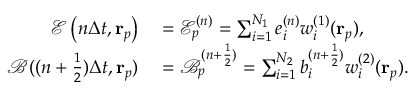
\begin{array} { r l } { \mathcal { E } \left( n \Delta t , \mathbf { r } _ { p } \right) } & { { } = \mathcal { E } _ { p } ^ { ( n ) } = \sum _ { i = 1 } ^ { N _ { 1 } } e _ { i } ^ { ( n ) } w _ { i } ^ { ( 1 ) } ( \mathbf { r } _ { p } ) , } \\ { \mathcal { B } ( ( n + \frac { 1 } { 2 } ) \Delta t , \mathbf { r } _ { p } ) } & { { } = \mathcal { B } _ { p } ^ { ( n + \frac { 1 } { 2 } ) } = \sum _ { i = 1 } ^ { N _ { 2 } } b _ { i } ^ { ( n + \frac { 1 } { 2 } ) } w _ { i } ^ { ( 2 ) } ( \mathbf { r } _ { p } ) . } \end{array}